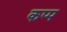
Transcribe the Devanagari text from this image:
कप्प